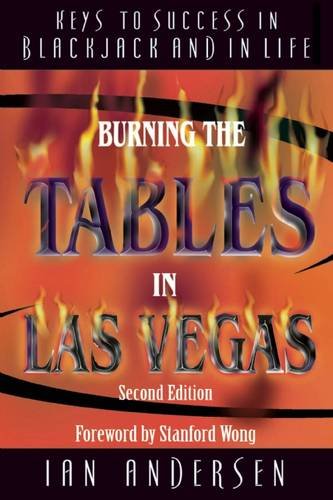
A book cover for Burning the Tables in Las Vegas: Keys to Success in Blackjack and In Life; Ian Andersen; Humor & Entertainment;